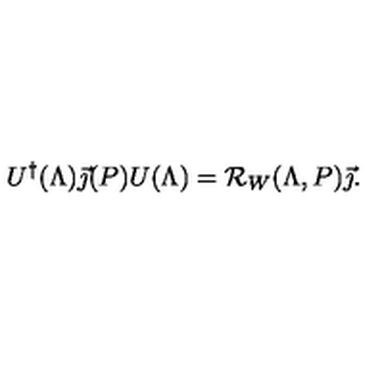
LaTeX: U ^ { \dagger } ( \Lambda ) \vec { \jmath } ( P ) U ( \Lambda ) = { \cal R } _ { W } ( \Lambda , P ) \vec { \jmath } .